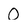
Character: O